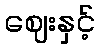
ဈေးနှင့်